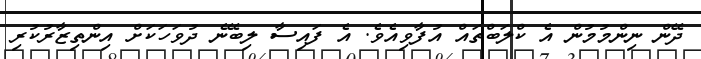
ދޭން ނިންމުމުން އެ ކްލަބްތައް އުފާވިއެވެ. އެ ފައިސާ ލިބޭނެ ދުވަހަކަށް އިންތިޒާރުކުރި